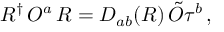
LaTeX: R ^ { \dagger } \, O ^ { a } \, R = D _ { a b } ( R ) \, \tilde { O } \tau ^ { b } \, ,